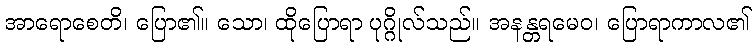
အာရောစေတိ၊ ပြော၏။ သော၊ ထိုပြောရာ ပုဂ္ဂိုလ်သည်။ အနန္တရမေဝ၊ ပြောရာကာလ၏